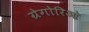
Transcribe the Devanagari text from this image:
ग्रेगोरिओ